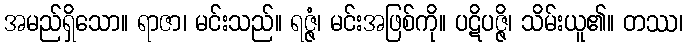
အမည်ရှိသော။ ရာဇာ၊ မင်းသည်။ ရဇ္ဇံ၊ မင်းအဖြစ်ကို။ ပဋိပဇ္ဇိ၊ သိမ်းယူ၏။ တဿ၊